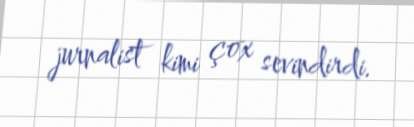
jurnalist kimi çox sevindirdi.